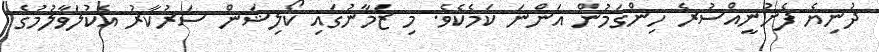
ދުނިޔެ ފެށުނީއްސުރެ ހިންގަމުން އަންނަ ކަމެކެވެ. މި ޒަމާނުގައި ކޯލިޝަން ސަރުކާރު އެކުލަވާލުމުގެ